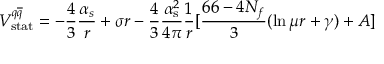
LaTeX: V _ { \mathrm { s t a t } } ^ { q \overline { { { q } } } } = - \frac { 4 } { 3 } \frac { { \alpha } _ { s } } { r } + \sigma r - { \frac { 4 } { 3 } } { \frac { \alpha _ { \mathrm { s } } ^ { 2 } } { 4 \pi } } { \frac { 1 } { r } } [ { \frac { 6 6 - 4 N _ { f } } { 3 } } ( \ln \mu r + \gamma ) + A ]